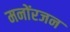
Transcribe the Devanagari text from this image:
मनोंरजन